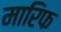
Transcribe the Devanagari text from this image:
मारिफ